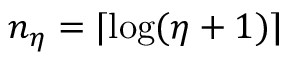
n _ { \eta } = \lceil \log ( \eta + 1 ) \rceil